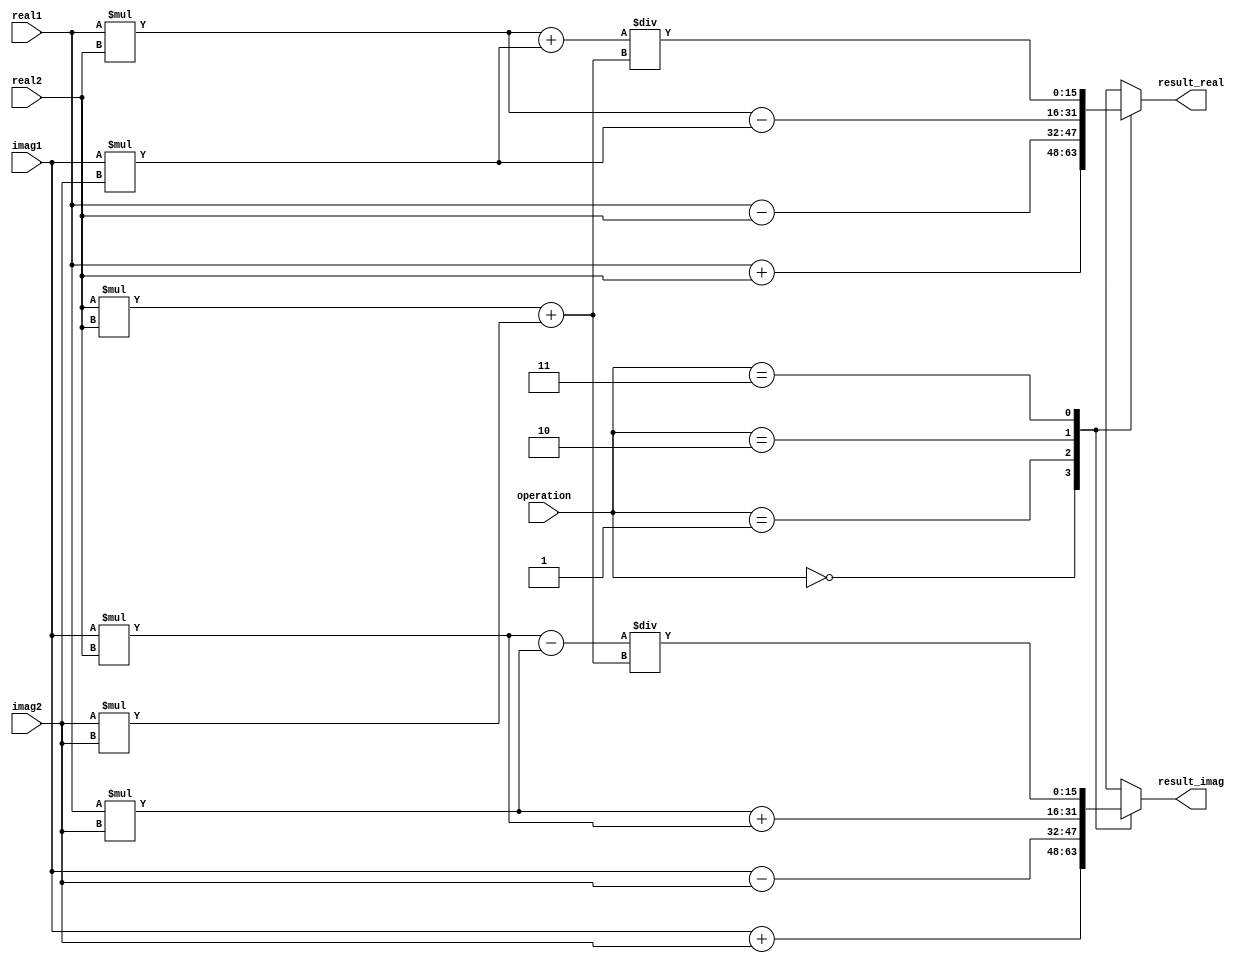
module ComplexALU(input signed [15:0] real1, input signed [15:0] imag1,
                  input signed [15:0] real2, input signed [15:0] imag2,
                  input [1:0] operation,
                  output reg signed [15:0] result_real, output reg signed [15:0] result_imag);

  always @ (real1, imag1, real2, imag2, operation)
    case(operation)
      2'b00: // Addition
        begin
          result_real = real1 + real2;
          result_imag = imag1 + imag2;
        end
      2'b01: // Subtraction
        begin
          result_real = real1 - real2;
          result_imag = imag1 - imag2;
        end
      2'b10: // Multiplication
        begin
          result_real = real1 * real2 - imag1 * imag2;
          result_imag = real1 * imag2 + imag1 * real2;
        end
      2'b11: // Division
        begin
          result_real = (real1 * real2 + imag1 * imag2) / (real2 * real2 + imag2 * imag2);
          result_imag = (imag1 * real2 - real1 * imag2) / (real2 * real2 + imag2 * imag2);
        end
    endcase

endmodule